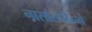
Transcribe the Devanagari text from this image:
नासासंपीडनो